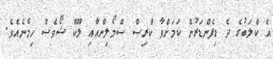
އެ ކްލަބުގެ ދެ ޑިފެންޑަރުން ކަމަށްވާ ކްރިސް ސްމޯލިންއާއި ލޫކް ޝޯވެސް ހިމެނެއެވެ.